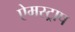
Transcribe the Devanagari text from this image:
ऐमस्ट्राप